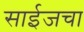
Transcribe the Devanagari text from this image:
साईजचा